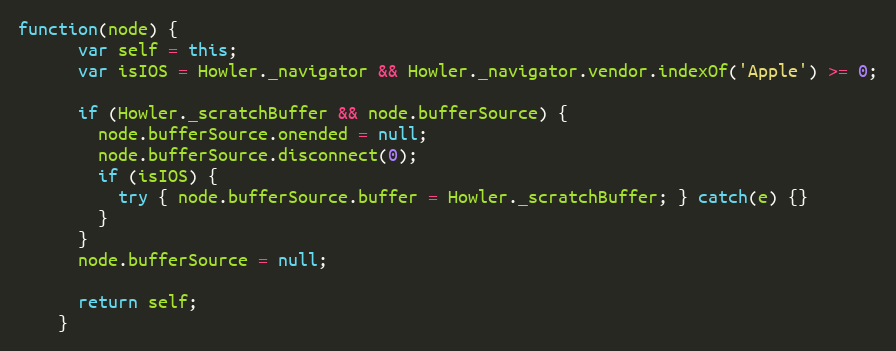
Language: JavaScript
function(node) {
      var self = this;
      var isIOS = Howler._navigator && Howler._navigator.vendor.indexOf('Apple') >= 0;

      if (Howler._scratchBuffer && node.bufferSource) {
        node.bufferSource.onended = null;
        node.bufferSource.disconnect(0);
        if (isIOS) {
          try { node.bufferSource.buffer = Howler._scratchBuffer; } catch(e) {}
        }
      }
      node.bufferSource = null;

      return self;
    }